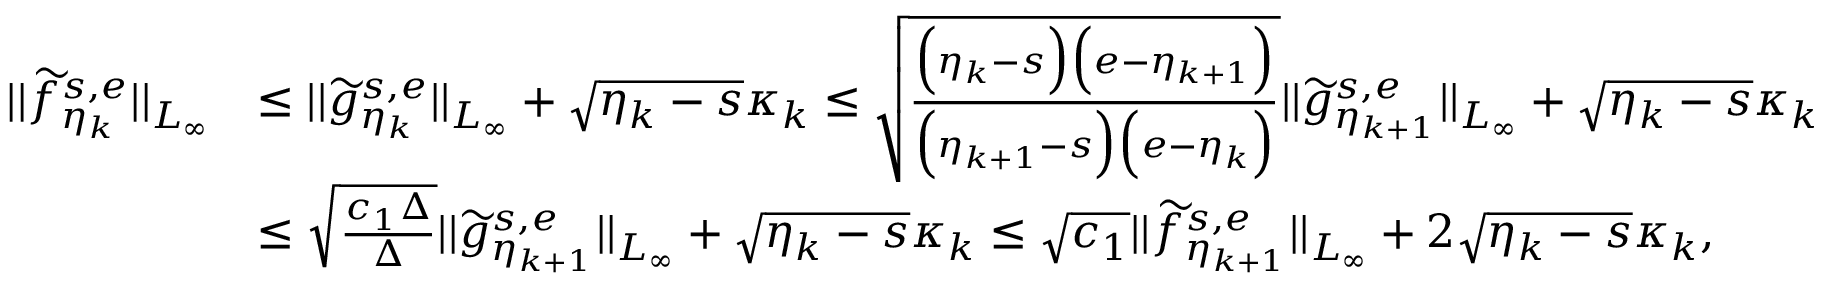
\begin{array} { r l } { \vert \vert \widetilde { f } _ { \eta _ { k } } ^ { s , e } \vert \vert _ { L _ { \infty } } } & { \leq \vert \vert \widetilde { g } _ { \eta _ { k } } ^ { s , e } \vert \vert _ { L _ { \infty } } + \sqrt { \eta _ { k } - s } \kappa _ { k } \leq \sqrt { \frac { \Big ( \eta _ { k } - s \Big ) \Big ( e - \eta _ { k + 1 } \Big ) } { \Big ( \eta _ { k + 1 } - s \Big ) \Big ( e - \eta _ { k } \Big ) } } \vert \vert \widetilde { g } _ { \eta _ { k + 1 } } ^ { s , e } \vert \vert _ { L _ { \infty } } + \sqrt { \eta _ { k } - s } \kappa _ { k } } \\ & { \leq \sqrt { \frac { c _ { 1 } \Delta } { \Delta } } \vert \vert \widetilde { g } _ { \eta _ { k + 1 } } ^ { s , e } \vert \vert _ { L _ { \infty } } + \sqrt { \eta _ { k } - s } \kappa _ { k } \leq \sqrt { c _ { 1 } } \vert \vert \widetilde { f } _ { \eta _ { k + 1 } } ^ { s , e } \vert \vert _ { L _ { \infty } } + 2 \sqrt { \eta _ { k } - s } \kappa _ { k } , } \end{array}